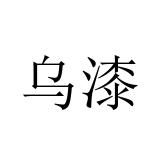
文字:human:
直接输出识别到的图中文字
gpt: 乌漆